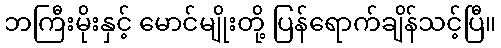
ဘကြီးမိုးနှင့် မောင်မျိုးတို့ ပြန်ရောက်ချိန်သင့်ပြီ။